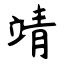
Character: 靖